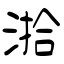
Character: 湁